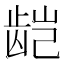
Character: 𬺃